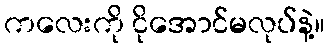
ကလေးကို ငိုအောင်မလုပ်နဲ့။